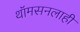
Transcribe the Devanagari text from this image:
थॉमसनलाही